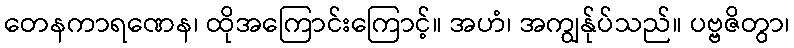
တေနကာရဏေန၊ ထိုအကြောင်းကြောင့်။ အဟံ၊ အကျွန်ုပ်သည်။ ပဗ္ဗဇိတွာ၊